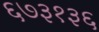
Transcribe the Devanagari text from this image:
६७३१३६